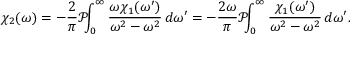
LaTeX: \chi _ { 2 } ( \omega ) = - { \frac { 2 } { \pi } } { \mathcal { P } } \! \! \! \int _ { 0 } ^ { \infty } { \frac { \omega \chi _ { 1 } ( \omega ^ { \prime } ) } { \omega ^ { 2 } - \omega ^ { 2 } } } \, d \omega ^ { \prime } = - { \frac { 2 \omega } { \pi } } { \mathcal { P } } \! \! \! \int _ { 0 } ^ { \infty } { \frac { \chi _ { 1 } ( \omega ^ { \prime } ) } { \omega ^ { 2 } - \omega ^ { 2 } } } \, d \omega ^ { \prime } .